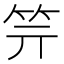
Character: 𥫶